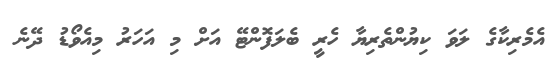
އެމެރިކާގެ ލަވަ ކިޔުންތެރިޔާ ހެރީ ބެލަފޮންޓޭ އަށް މި އަހަރު މިއެވޯޑު ދޭނެ